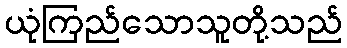
ယုံကြည်သောသူတို့သည်